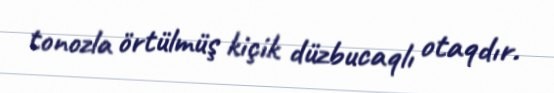
tonozla örtülmüş kiçik düzbucaqlı otaqdır.